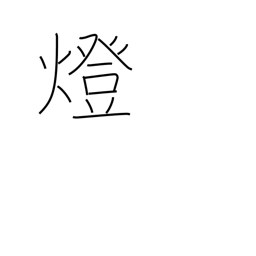
Meaning: counter for lights